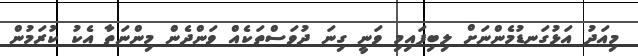
މިއަދު އަޅުގަނޑުމެންނަށް ލިބިފައިމި ވަނީ ގިނަ ދުވަސްތަކެއް ވަންދެން މިންނަތާ އެކު ކުރަމުން